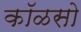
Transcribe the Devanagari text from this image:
कॉळसो